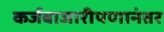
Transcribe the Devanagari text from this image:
कर्जबाजारीपणानंतर